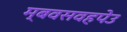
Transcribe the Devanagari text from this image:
म्बवसवहपेउ